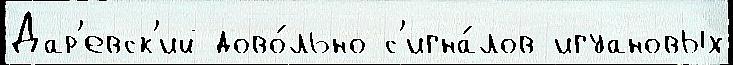
Дар'евск'ий дово́льно с'игна́лов игуановых